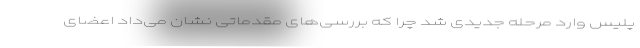
پلیس وارد مرحله جدیدی شد چرا که بررسی‌های مقدماتی نشان می‌داد اعضای